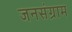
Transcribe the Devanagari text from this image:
जनसंग्राम